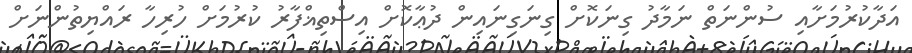
އަދާކުރުމަށާއި ސުންނަތް ނަމާދު ގިނަކޮށް ގިނަގިނައިން ދުޢާކޮށް އިސްތިޣްފާރު ކުރުމަށް ހުރިހާ ރައްޔިތުންނަށް